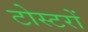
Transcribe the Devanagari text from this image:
टोस्टरों